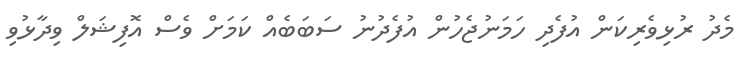
މެދު ރުޅިވެރިކަން އުފެދި ހަމަނުޖެހުން އުފެދުނު ސަބަބެއް ކަމަށް ވެސް އޮފިޝަލް ވިދާޅުވި